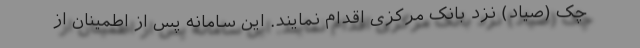
چک (صیاد) نزد بانک مرکزی اقدام نمایند. این سامانه پس از اطمینان از